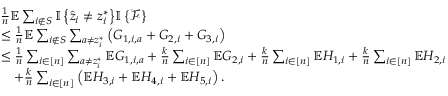
\begin{array} { r l } & { \frac { 1 } { n } \mathbb { E } \sum _ { i \notin S } { \mathbb { I } \left\{ { \hat { z } _ { i } \neq z _ { i } ^ { * } } \right\} } { \mathbb { I } \left\{ { \mathcal { F } } \right\} } } \\ & { \leq \frac { 1 } { n } \mathbb { E } \sum _ { i \notin S } \sum _ { a \neq z _ { i } ^ { * } } \left( G _ { 1 , i , a } + G _ { 2 , i } + G _ { 3 , i } \right) } \\ & { \leq \frac { 1 } { n } \sum _ { i \in [ n ] } \sum _ { a \neq z _ { i } ^ { * } } \mathbb { E } G _ { 1 , i , a } + \frac { k } { n } \sum _ { i \in [ n ] } \mathbb { E } G _ { 2 , i } + \frac { k } { n } \sum _ { i \in [ n ] } \mathbb { E } H _ { 1 , i } + \frac { k } { n } \sum _ { i \in [ n ] } \mathbb { E } H _ { 2 , i } } \\ & { \quad + \frac { k } { n } \sum _ { i \in [ n ] } \left( \mathbb { E } H _ { 3 , i } + \mathbb { E } H _ { 4 , i } + \mathbb { E } H _ { 5 , i } \right) . } \end{array}